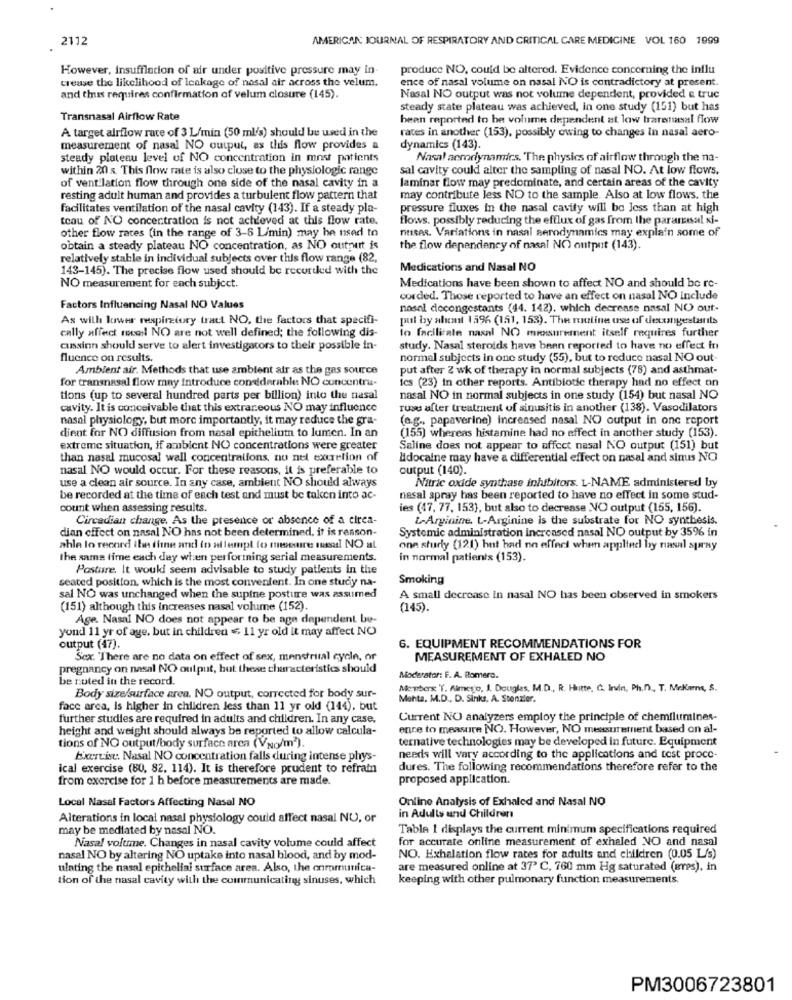
2112
AMERICAN JOURNAL OF RESPIRATORY AND CRITICAL CARE MEDICINE VOL 160 1999
However, Insufflacion of air under positive pressure may in-
produce NO, could be altered. Evidence concerning the influ
crease the likelihood of leakage of nasal air across the velum.
ence of nasal volume on nasal NO is contradictory at present.
and thus requires confirmation of velum closure (145).
Nasal NO output was not volume dependent, provided & truc
steady state plateau was achieved, in one study (151) but has
Transnasal Airflow Rate
been reported to be volume dependent at low traretisal flow
A target airflow rate of 3 L/min (50 ml/s) should be used in the
rates in another (153), possibly owing to changes in nasal aero-
measurement of nasal NO output, as this flow provides a
dynamics (143).
steady plateau level of NO concentration in most patients
Nasal aerodynamics, The physics of airflow through the na-
within 20 s. This flow rate is also close to the physiologic range
sal cavity could alter the sampling of nasal NO. At low flows.
laminar flow may predominate, and certain areas of the cavity
of ventilation flow through one side of the nasal cavity in a
resting adult human and provides a turbulent flow pattern that
may contribute less NO to the sample. Also at low flows, the
facilitates ventilation of the nasal cavity (143). If a steady pla-
pressure fluxes in the nasal cavity will be less than at high
teau of NO concentration is not achleved at this flow rate.
flows. possibly reducing the efflux of gas from the paramesal xi-
other flow rates (in the range of 3-6 L/min) may be used to
ntises. Variations in nasal aerodynamics may explain some of
obtain a steady plateau NO concentration, as NO output is
the flow dependency of nasal NO output (143).
relatively stable in individual subjects over this flow range (82,
143-145). The precise flow used should be recorded with the
Medications and Nasal NO
NO measurement for each subject.
Medications have been shown to affect NO and should be re-
corded. Those reported to have an effect on nasal NO include
Factors Influencing Nasal NO Values
nasel decongestants (44. 142), which decrease nasal NO out-
As with lower respiratory tract NO, the factors that specifi-
pul by almt 1596 (151, 153). The muutine use of decongestants
cally affect roce! NO are not well defined; the following dis-
to facilitate nasal NO measurement itself requires further
cussinn should serve to alert investigators to their possible in-
study. Nasal steroids have been reported to have no effect fri
fluence on results.
normal subjects in one study (55), but to reduce nasal NO out-
Ambient air. Methods that use ambient air as the gas source
put after 2 wk of therapy in normal subjects (78) and asthmat-
for transnasal flow may introduce condderable NO concentra-
ics (23) in other reports. Antibiotic therapy had no effect on
tions (up to several hundred parts per billion) into the nasal
nasal NO in normal subjects in one study (154) but nasal NO
cavity. It is conceivable that this extraneous NO may influence
ruse after treatment of sinusitis in another (138). Vasodilators
nasal physiology, but more importantly, it may reduce the gra-
(e.g ., papaverine) increased nasal NO output in one report
(155) whereas histamine had no effect in another study (153).
dient for NO diffusion from nasal epithelium to lumen. In an
extreme situation, if ambient NO concentrations were greater
Saline does not appear to affect nasal NO output (151) but
than nasal mucosal wall concentrations, no net excretion of
Edocaine may have a differential effect on nasal and sinus NO
nasal NO would occur. For these reasons, it is preferable to
output (140).
use a clean air source. In any case, ambient NO should always
Nitric oxide synthase inhibitors. L-NAME administered by
be recorded at the time of each test and must be taken into ac-
nasal spray has been reported to have no effect in some stud-
count when assessing results.
ies (47, 77, 153), but also to decrease NO output (155, 156).
Circadian change. As the presence or absence of a circa-
L-Arginine. L-Arginine is the substrate for NO synthesis.
dian effect on nasal NO has not been determined, it is reason-
Systemic administration increased nasal NO output by 35% in
able lo record the time and to allempl to meemre mail NO al
one study (121) hnt had no effect when applied by nasal spray
the same time each day when performing serial measurements.
in normal patients (153).
Posture. It would seem advisable to study patients in the
seated position, which is the most convenient. In one studiy na-
Smoking
sal NO was unchanged when the supine posture was assumed
A small decrease in nasal NO has been observed in smokers
(151) although this increases nasal volume (152).
(145).
Age. Nasal NO does not appear to be age dependent be-
yond 11 yr of age, but in children < 11 yr old it may affect NO
output (47).
6. EQUIPMENT RECOMMENDATIONS FOR
Sex. "There are no data on effect of sex, menstrual cycle, or
MEASUREMENT OF EXHALED NO
pregnancy on nasal NO output, but these characteristics should
be noted in the record.
Moderator: F. A. Romero.
Members Y. Almego, l. Dougles, M.D ., R. Hitte, G. Irvin, Ph.D. T. Meliers, S.
Body size/surface area. NO output, corrected for body sur-
Mehta, M.D ., D. Sinks, A. Stonzier.
face arca, is higher in children less than 11 yr old (144). but
further studies are required in adults and children. In any case,
Current NO analyzers employ the principle of chemilumines-
height and weight should always be reported to allow calcula-
ence to measure NO. However, NO measurement based on al-
ternative technologies may be developed in future. Equipment
tions of NO output/body surface area (VNo/m").
Exercise. Nasal NO concentration falls during intense phys-
needs will vary according to the applications and test proce-
ical exercise (80, 82. 114). It is therefore prudent to refrain
dures. The following recommendations therefore refer to the
from exercise for 1 h before measurements are made.
proposed application.
Local Nasal Factors Affecting Nasal NO
Online Analysis of Exhaled and Nasal NO
Alterations in local nasal physiology could affect nasal NU, or
in Adults und Children
may be mediated by nasal NO.
Table I displays the current minimum specifications required
Nasal volume. Changes in nasal cavity volume could affect
for accurate online measurement of exhaled NO and nasal
nasal NO by altering NO uptake into nasal blood, and by mod-
NO. Exhalation flow rates for adults and children (0.05 L's)
ulating the nasal epithelial surface area. Also, the onromunica-
are measured online at 37' C, 760 mm Hg saturated (æres), in
tion of the nasal cavity with the communicating sinuses, which
keeping with other pulmonary function measurements.
PM3006723801